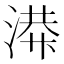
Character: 𫞙